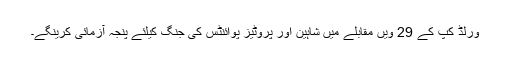
ورلڈ کپ کے 29 ویں مقابلے میں شاہین اور پروٹیز پوائنٹس کی جنگ کیلئے پنجہ آزمائی کرینگے۔